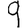
Digit: 9